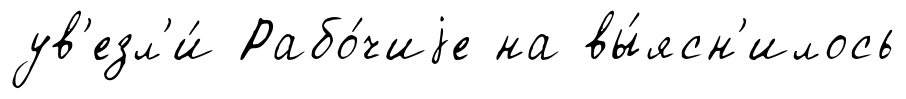
ув'езл'и́ Рабо́чиjе на вы́ясн'илось